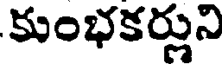
కుంభకర్లుని